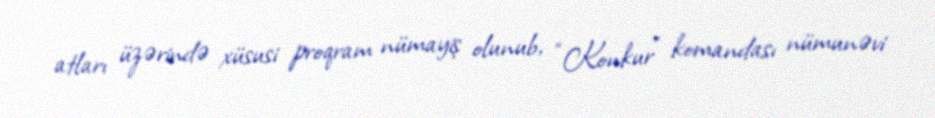
atları üzərində xüsusi proqram nümayiş olunub, “Konkur” komandası nümunəvi